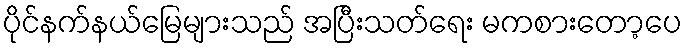
ပိုင်နက်နယ်မြေများသည် အပြီးသတ်ရေး မကစားတော့ပေ